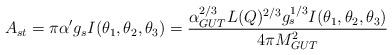
LaTeX: \begin{align*}A_{st}=\pi\alpha'g_s I(\theta_1,\theta_2,\theta_3) = {\alpha_{GUT}^{2/3} L(Q)^{2/3} g_{s}^{1/3}I(\theta_1,\theta_2,\theta_3) \over 4\pi M_{GUT}^2 } \,\end{align*}